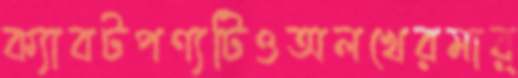
ক্যাবটপণ্যটিওঅলখেরমার্